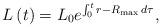
LaTeX: \begin{align*}L\left(t\right)=L_0e^{\int_0^tr-R_{\max}\,d\tau},\end{align*}